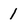
Character: 1